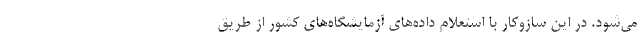
می‌شود. در این سازوکار با استعلام داده‌های آزمایشگاه‌های کشور از طریق